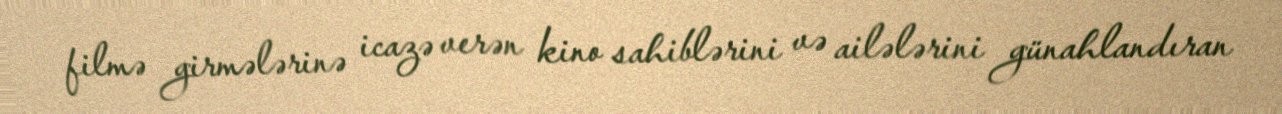
filmə girmələrinə icazə verən kino sahiblərini və ailələrini günahlandıran